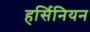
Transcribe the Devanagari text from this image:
हर्सिनियन